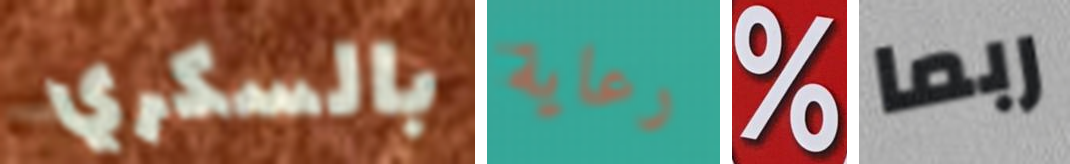
بالسكري رعاية % ربما